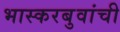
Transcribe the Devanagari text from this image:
भास्करबुवांची